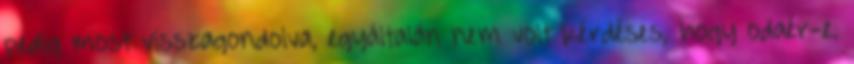
pedig most visszagondolva, egyáltalán nem volt kérdéses, hogy odaér-e.